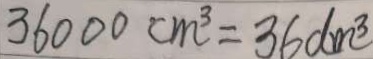
3 6 0 0 0 c m ^ { 3 } = 3 6 d m ^ { 3 }